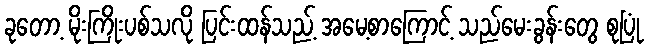
ခုတော့ မိုးကြိုးပစ်သလို ပြင်းထန်သည့် အမေ့စာကြောင့် သည်မေးခွန်းတွေ စုပြုံ